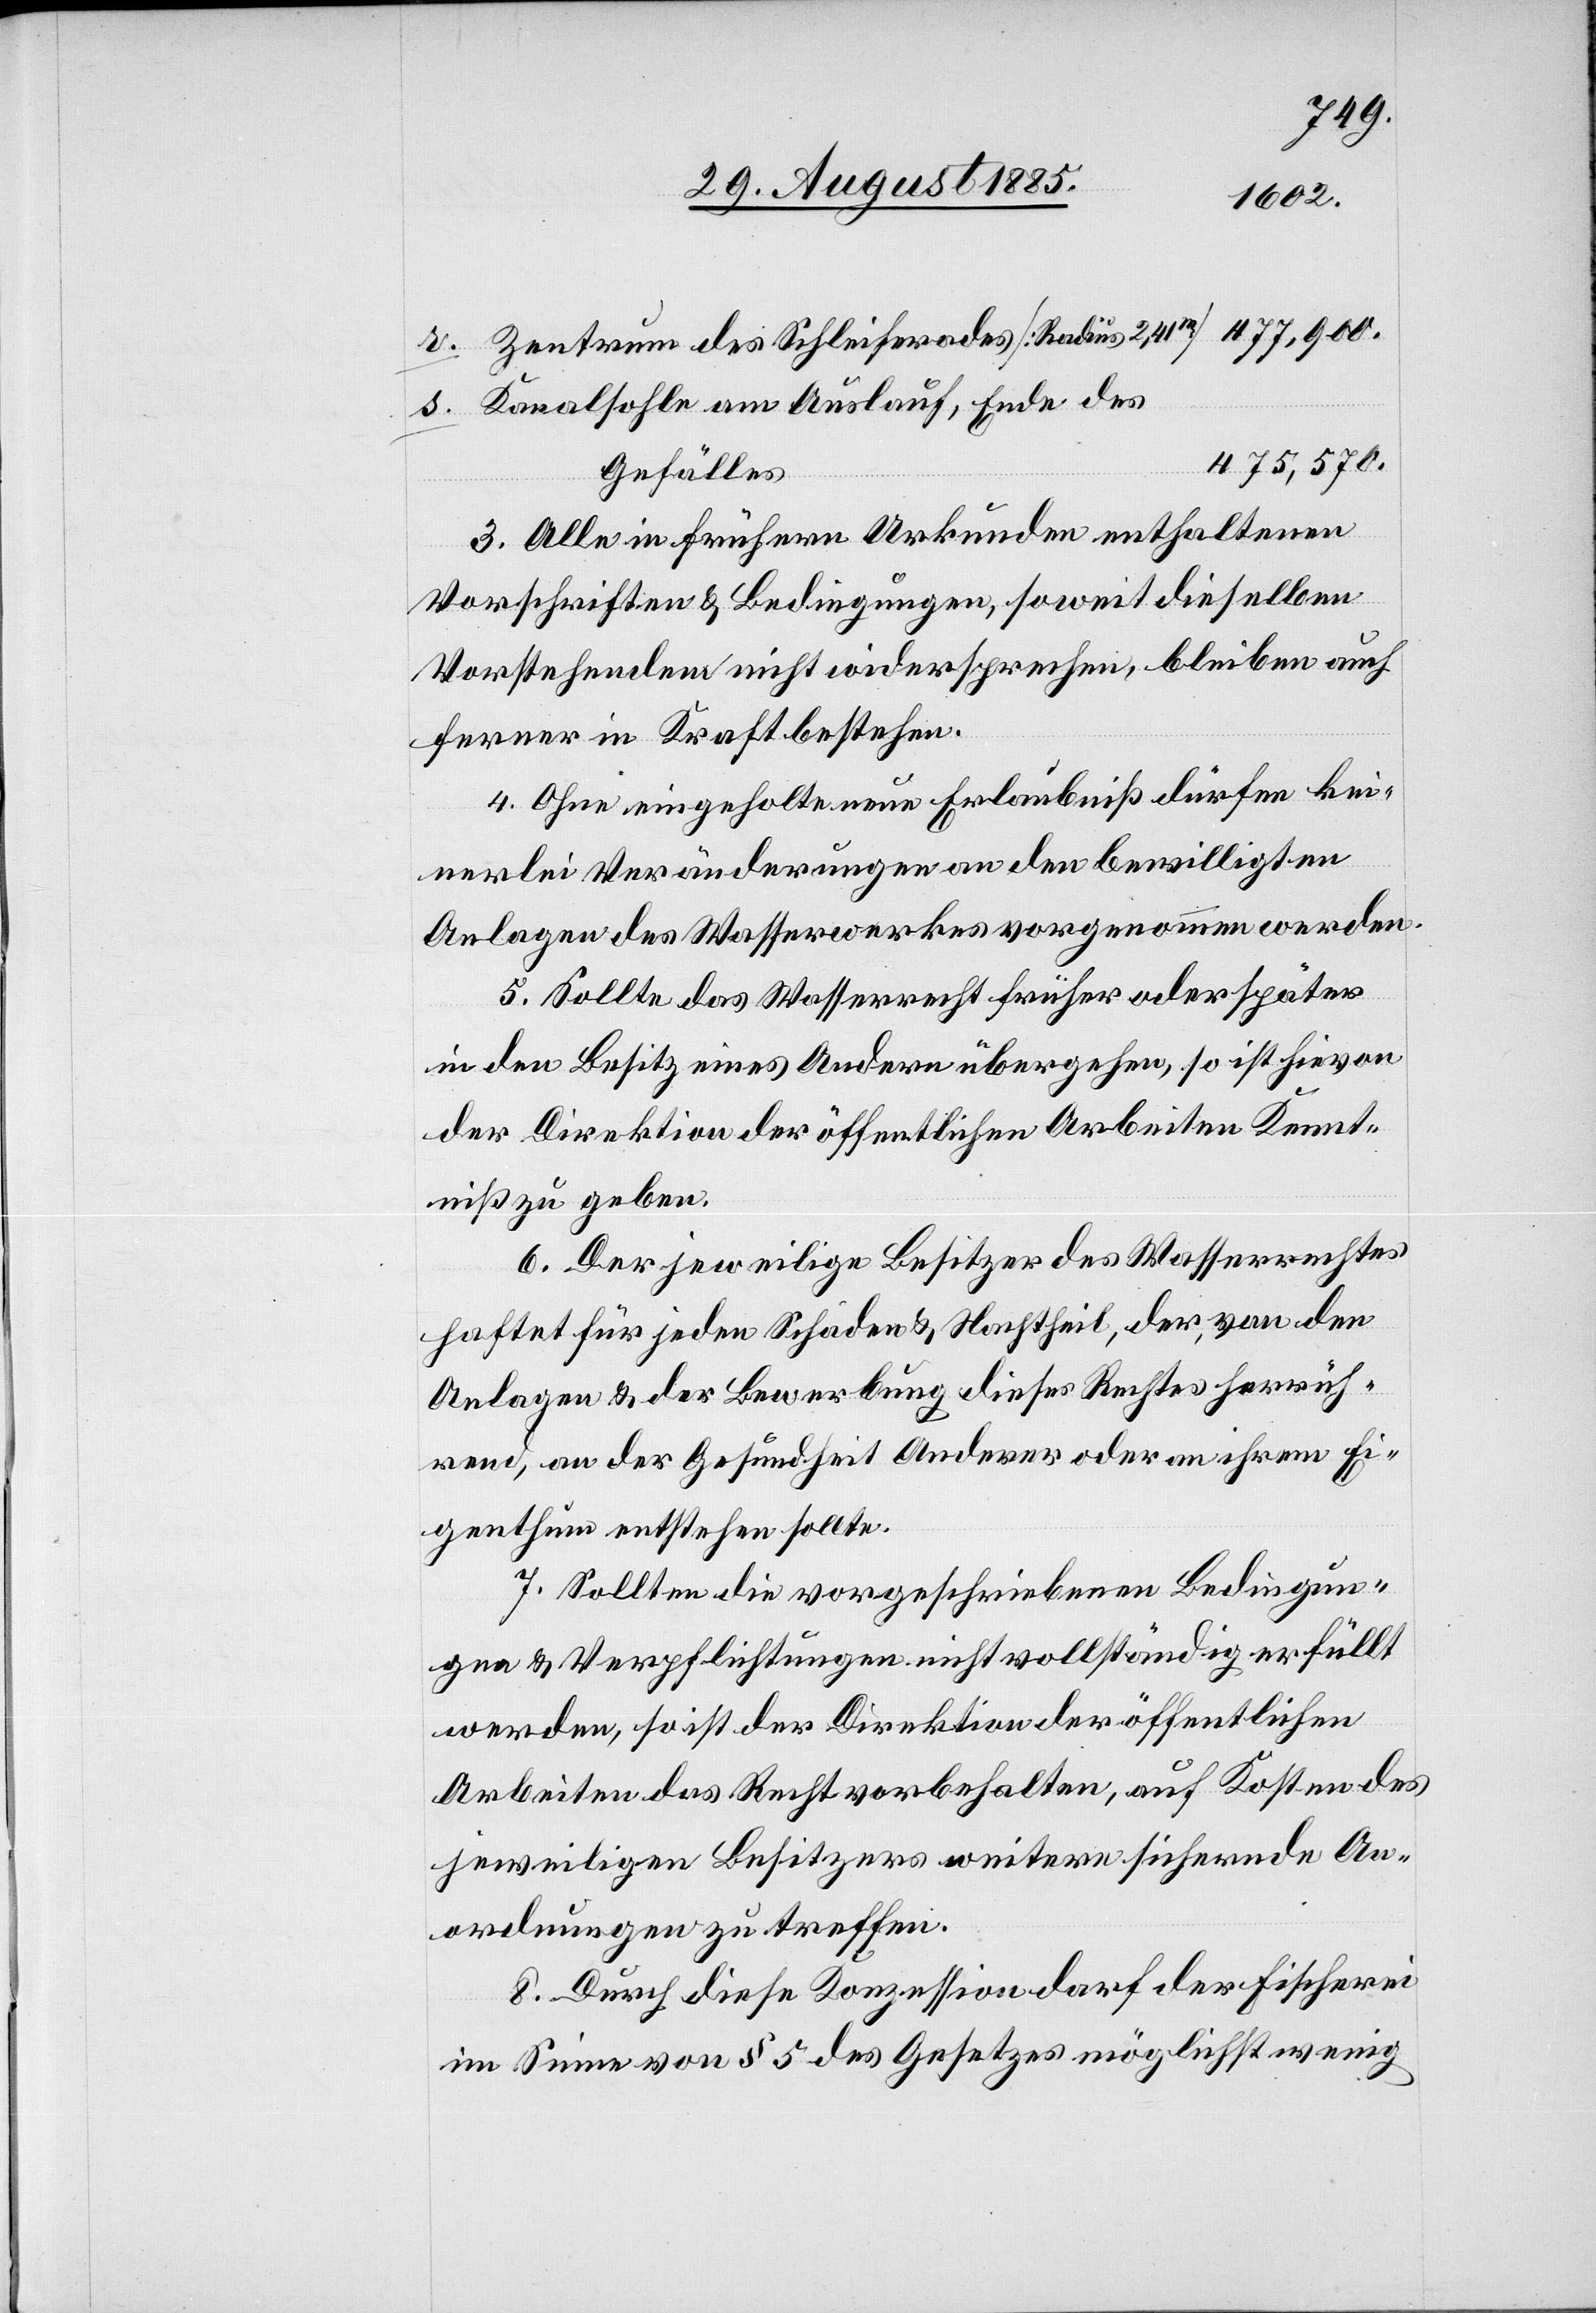
Zentrum des Schleiferades [Radius 2,41m]
Kanalsohle am Auslauf, Ende des
475,570.
Gefälles
3. Alle in frühern Urkunden enthaltenen
Vorschriften & Bedingungen, soweit dieselben
Vorstehenden nicht widersprechen, bleiben auch
ferner in Kraft bestehen.
4. Ohne eingeholte neue Erlaubniß dürfen kei¬
nerlei Veränderungen an den bewilligten
Anlagen des Wasserwerkes vorgenommen werden.
5. Sollte das Wasserrecht früher oder später
in den Besitz eines Andern übergehen, so ist hievon
der Direktion der öffentlichen Arbeiten Kennt¬
niß zu geben.
6. Der jeweilige Besitzer des Wasserrechtes
haftet für jeden Schaden & Nachtheil, der von den
Anlagen & der Bewerbung dieses Rechtes herrüh¬
rend, an der Gesundheit anderer oder an ihrem Ei¬
genthum entstehen sollte.
7. Sollten die vorgeschriebenen Bedingun¬
gen & Verpflichtungen nicht vollständig erfüllt
werden, so ist der Direktion der öffentlichen
Arbeiten das Recht vorbehalten, auf Kosten des
jeweiligen Besitzers weitere sichernde An¬
ordnungen zu treffen.
8. Durch diese Konzession darf der Fischerei
im Sinne von § 5 des Gesetzes möglichst wenig